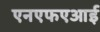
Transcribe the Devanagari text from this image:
एनएफएआई